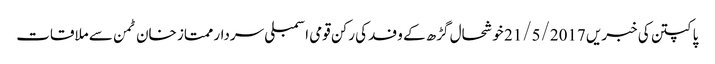
پاکپتن کی خبریں 21/5/2017	 خوشحال گڑھ کے وفد کی رکن قومی اسمبلی سردار ممتاز خان ٹمن سے ملاقات